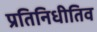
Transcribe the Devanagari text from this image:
प्रतिनिधीतिव